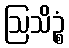
ဩသိဉ္စံ